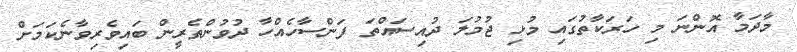
މާދަމާ އޮންނަ މި ހަރަކާތުގައި މުޅި ޖުމުލަ ދުއިސައްތަ ފަންސާހެއްހާ ދުވުންތެރީން ބައިވެރިވާނެކަމަށް